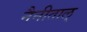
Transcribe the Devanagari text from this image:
नैनीताल्